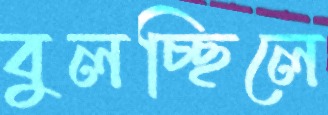
বুলচ্ছিলে